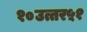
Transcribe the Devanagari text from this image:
१०उत्तर५१